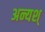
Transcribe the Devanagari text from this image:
अन्यश्